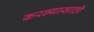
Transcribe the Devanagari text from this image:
करन्यासाठी